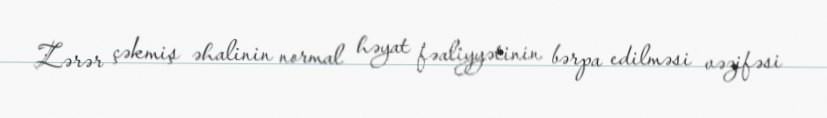
Zərər çəkmiş əhalinin normal həyat fəaliyyətinin bərpa edilməsi vəzifəsi